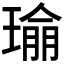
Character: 𪼔